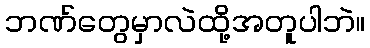
ဘဏ်တွေမှာလဲထို့အတူပါဘဲ။